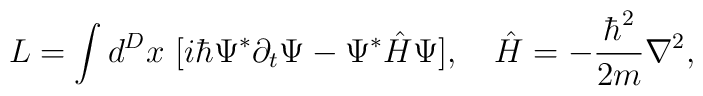
L = \int d^Dx ~ [i\hbar \Psi^* \partial_t \Psi - \Psi^* \hat{H} \Psi],~~~\hat{H} = -\frac{\hbar^2 }{2m} \nabla^2,